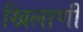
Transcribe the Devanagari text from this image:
खिलाणी